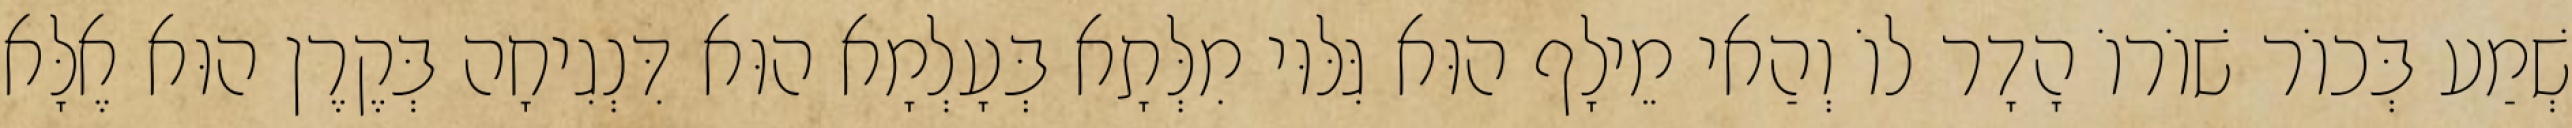
שְׁמַע בְּכוֹר שׁוֹרוֹ הָדָר לוֹ וְהַאי מֵילָף הוּא גִּלּוּי מִלְּתָא בְּעָלְמָא הוּא דִּנְגִיחָה בְּקֶרֶן הוּא אֶלָּא